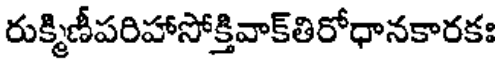
రుక్మిణీపరిహాసోక్తివాక్తిరోధానకారకః